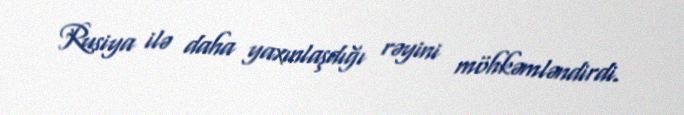
Rusiya ilə daha yaxınlaşdığı rəyini möhkəmləndirdi.